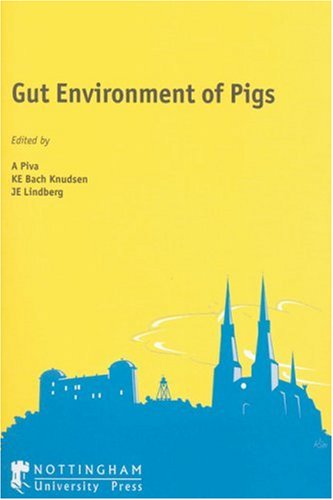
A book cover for Gut Environment of Pigs; Medical Books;